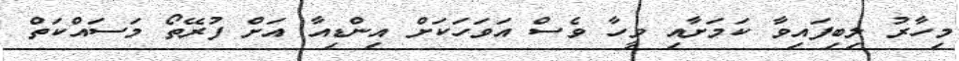
މިހާރު ލިބިފައިވާ ކަމަށާއި ވީހާ ވެސް އަވަހަކަށް އިންޑިއާ އަށް ފުރޭތޯ މަސައްކަތް